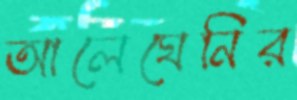
আলেঘেনির